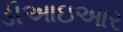
ડીઆઇઆર